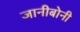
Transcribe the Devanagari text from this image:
जानीबोनी